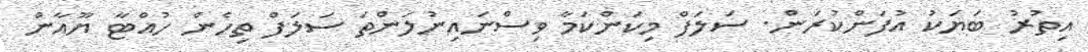
އިތުރު ބަޔަކު އުފަންކުރަން. ސަލަފް މިކަންކަމާ ވިސްނައިނުލަންތަ ސަލަފް ތިހެން ހުއްޓާ ޔޫއާން